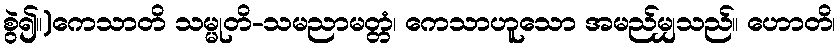
စွဲ၍။)ကေသာတိ သမ္မုတိ-သမညာမတ္တံ၊ ကေသာဟူသော အမည်မျှသည်။ ဟောတိ၊